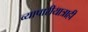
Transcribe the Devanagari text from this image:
व्यापारीयात्राही